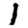
Digit: 1